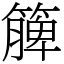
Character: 簲